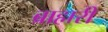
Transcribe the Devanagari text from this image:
ब्राह्मरी